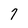
Character: 7